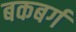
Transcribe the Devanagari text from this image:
बकबर्ग